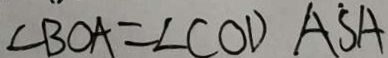
\angle B O A = \angle C O D A \dot { S } A